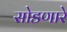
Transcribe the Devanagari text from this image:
सोडणारे